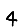
Digit: 4